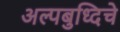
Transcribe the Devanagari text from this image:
अल्पबुध्दिचे